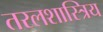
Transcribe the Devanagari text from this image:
तरलशास्त्रिय